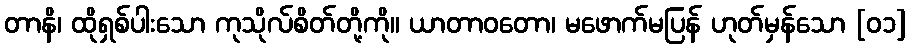
တာနိ၊ ထိုရှစ်ပါးသော ကုသိုလ်စိတ်တို့ကို။ ယာတာဝတော၊ မဖောက်မပြန် ဟုတ်မှန်သော [၀၁]